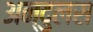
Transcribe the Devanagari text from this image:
अन्दुलस